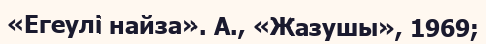
«Егеулі найза». А., «Жазушы», 1969;